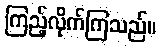
ကြည့်လိုက်ကြသည်။